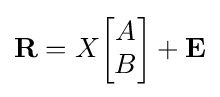
\mathbf {R} =X{\begin{bmatrix}A\\B\end{bmatrix}}+\mathbf {E}